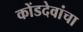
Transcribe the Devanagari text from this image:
कोंडदेवांचा